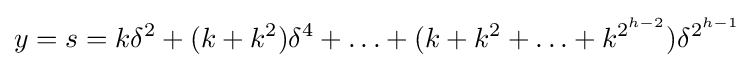
y=s=k\delta ^{2}+(k+k^{2})\delta ^{4}+\ldots +(k+k^{2}+\ldots +k^{2^{h-2}})\delta ^{2^{h-1}}